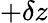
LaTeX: +\delta z